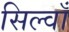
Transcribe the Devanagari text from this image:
सिल्वाँ